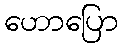
ဟောပြော